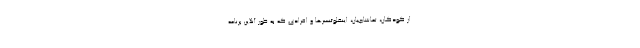
از کودکان، تماشاچیان، اینفلوئنسرها و افرادی که به طور آنلاین برنامه